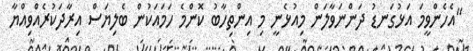
"އެހެންވީމަ އަޅުގަނޑު ދަންނަވާލަން މިއުޅެނީ މި އިންތިހާބު ކޮންމެ ހަމައަކުން ބެލިޔަސް އިރާދަކުރެއްވިއްޔާ